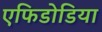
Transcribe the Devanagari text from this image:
एफिडोडिया